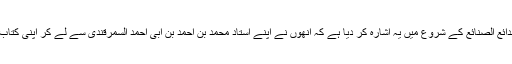
ملاکاسانی نے بدائع الصنائع کے شروع میں یہ اشارہ کر دیا ہے کہ انھوں نے اپنے استاد محمد بن احمد بن ابی احمد السمرقندی سے لے کر اپنی کتاب مرتب کی ہے۔